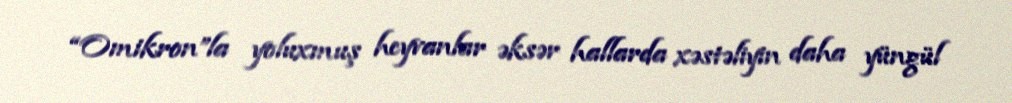
“Omikron”la yoluxmuş heyvanlar əksər hallarda xəstəliyin daha yüngül